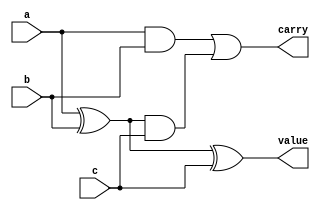
module FullAdder(value, carry, a, b, c);
	input a, b, c;
	output value, carry;
	
	wire pre0, pre1, pre2;
	
	xor xor1(pre0, a, b);
	xor xor2(value, pre0, c);
	and and1(pre1, a, b);
	and and2(pre2, pre0, c);
	or or1(carry, pre1, pre2);
endmodule

module mux(y, i0, i1, i2, i3, c0, c1);
	input i0, i1, i2, i3, c0, c1;
	output y;
	
	wire nc0, nc1, pre0, pre1, pre2, pre3;
	
	not not1(nc0, c0);
	not not2(nc1, c1);
	
	and and1(pre0, nc0, nc1, i0);
	and and2(pre1, c0, nc1, i1);
	and and3(pre2, nc0, c1, i2);
	and and4(pre3, c0, c1, i3);
	
	or or1(y, pre0, pre1, pre2, pre3);
endmodule

module oneBitALU(y, z, a, b, c, c0, c1);
	output y, z;
	input a, b, c, c0, c1;
	
	wire r00, r01, r10, r20, r31;
	
	FullAdder FA(r00, r01, a, b, c);
	and and1(r10, a, b);
	not not1(r20, a);
	xnor xnor1(r31, a, b);
	
	mux mux1(y, r00, r10, r20, 1'b0, c0, c1);
	mux mux2(z, r01, 1'b0, 1'b0, r31, c0, c1);
endmodule

module fourBitALU(y, z, a, b, c0, c1);
	output [0:3]y, z;
	input c0, c1;
	input [0:3]a, b;
	oneBitALU oba0(y[0], z[0], a[0], b[0], 1'b0, c0, c1);
	oneBitALU oba1(y[1], z[1], a[1], b[1], z[0], c0, c1);
	oneBitALU oba2(y[2], z[2], a[2], b[2], z[1], c0, c1);
	oneBitALU oba3(y[3], z[3], a[3], b[3], z[2], c0, c1);
endmodule

module stimulus;
	reg [0:3]a, b;
	reg c0, c1;
	wire [0:3]y, z;
	
	fourBitALU fba(y, z, a, b, c0, c1);
	
	initial
		begin
			c0 = 1'b0;
			c1 = 1'b0;
			a[0] = 1'b1;
			a[1] = 1'b0;
			a[2] = 1'b1;
			a[3] = 1'b1;
			b[0] = 1'b0;
			b[1] = 1'b1;
			b[2] = 1'b1;
			b[3] = 1'b1;
		end
	
	always
		#10 c0 = ~c0;

	always
		#5 c1 = ~c1;
		
	initial
		#15 $finish;
		
	initial
		$monitor ($time, " c1=%d c0=%d a=1011 b=0111 | y=%b z=%b", c1, c0, y, z);
		
endmodule